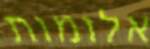
אלומות